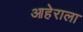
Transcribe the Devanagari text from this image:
आहेराला